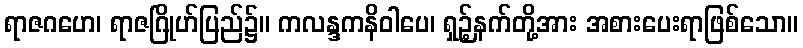
ရာဇဂဟေ၊ ရာဇဂြိုဟ်ပြည်၌။ ကလန္ဒကနိဝါပေ၊ ရှဉ့်နက်တို့အား အစားပေးရာဖြစ်သော။